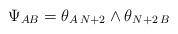
LaTeX: \begin{align*} \Psi_{AB} = \theta_{A\,N+2}\wedge \theta_{N+2\,B}\end{align*}